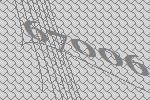
67006